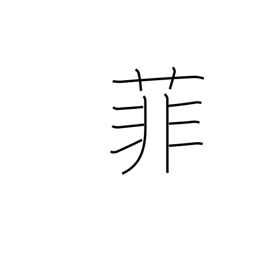
Meaning: inferior